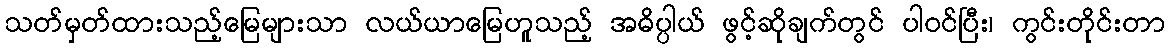
သတ်မှတ်ထားသည့်မြေများသာ လယ်ယာမြေဟူသည့် အဓိပ္ပါယ် ဖွင့်ဆိုချက်တွင် ပါဝင်ပြီး၊ ကွင်းတိုင်းတာ